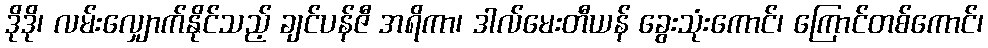
ဒိုဒို၊ လမ်းလျှောက်နိုင်သည့် ချင်ပန်ဇီ အရိကာ၊ ဒါလ်မေးတီယန် ခွေးသုံးကောင်၊ ကြောင်တစ်ကောင်၊